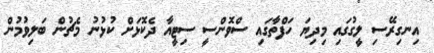
އިނގިރޭސި ލީގުގައި މިދިޔަ ހަފްތާގައި ސްވޮންސީ ސިޓީއާ ދެކޮޅަށް ކުޅުނު މެޗުން ބަލިވުމުން